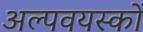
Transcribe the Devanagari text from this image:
अल्पवयस्कों